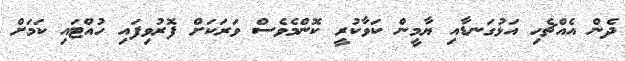
ދެން އެއްޗެހި އަޅުގަނޑާއި ޔާމީން ކަވާކުރީ ކޮންމެވެސް ވަރަކަށް ފޮރުވިފައި ހުއްޓައި ކަމަށް